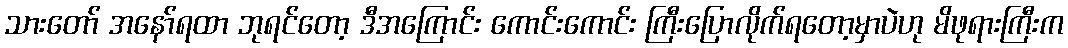
သားတော် အနော်ရထာ ဘုရင်တော့ ဒီအကြောင်း ကောင်းကောင်း ကြီးပြောလိုက်ရတော့မှာပဲဟု မိဖုရားကြီးက